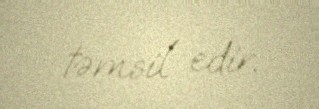
təmsil edir.